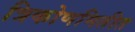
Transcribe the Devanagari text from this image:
त्रिकोणमितीत